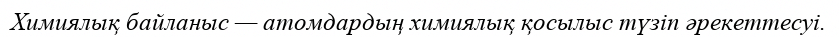
Химиялық байланыс — атомдардың химиялық қосылыс түзіп әрекеттесуі.